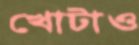
খোটাও